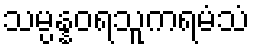
သမ္ပန္နဝရသူကရမံသံ